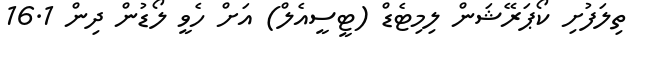
ތިލަފުށި ކޯޕަރޭޝަން ލިމިޓެޑް (ޓީސީއެލް) އަށް ހެވީ ލޯޑުން ދިން 16.1